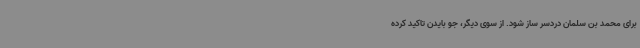
برای محمد بن سلمان دردسر ساز شود. از سوی دیگر، جو بایدن تاکید کرده